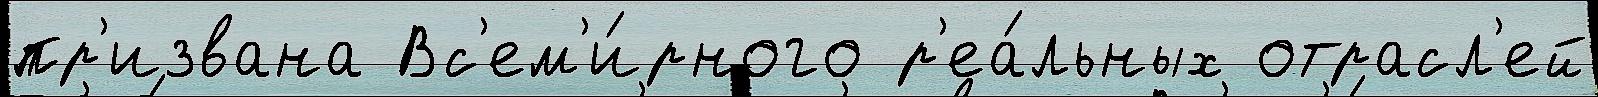
пр'извана Вс'ем'и́рного р'еа́льных отрасл'ей